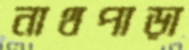
নাথপাড়া